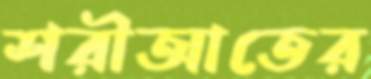
শরীআতের